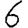
Digit: 6